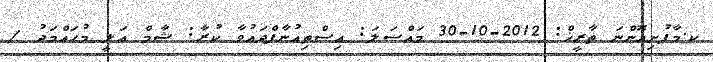
ކ.މާފުށިއޮންނަ ތާރީޚް: 2012-10-30 މައްސަލަ: އިސްތިއުނާފްދައުވާ ކުރާ: ޝާމް ޢަލީ މުޙައްމަދު /